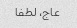
عاج، لطفا